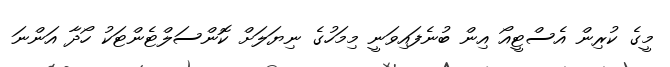
މީގެ ކުރިން އެސްޓީއޯ އިން ބުނެފައިވަނީ މިމަހުގެ ނިޔަލަށް ކޮންސަލްޓެންޓަކު ހޯދާ އަންނަ